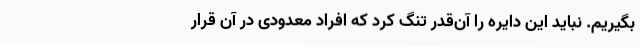
بگیریم. نباید این دایره را آن‌قدر تنگ کرد که افراد معدودی در آن قرار